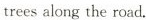
trees along the road.